system: You are a helpful assistant.
user:
Analyze the provided spectrum to determine if it is a **S-type Star**.

- **Key Indicators for S-type Star:**

    - **(Overall Spectrum Shape):** The first and most obvious characteristic is the overall continuum (the "baseline" shape). It is **extremely "red-sloping,"** meaning the flux (light intensity) is very low on the left side (blue, ~4000-4500 Å) and rises steeply and continuously toward the right side (red, ~7000 Å+).

    - **(Primary):** The spectrum is defined by the presence of strong, broad molecular absorption "valleys" (bands) from **Zirconium Oxide (ZrO)**. The identification of these bands is the **primary requirement** for classifying a star as S-type.
        - **(Key Bandheads):** You must find distinct, deep "dips" where the light has been absorbed. The most critical band systems to locate are:
            - **~6474 Å** ($\gamma$-system): This is often the strongest and clearest ZrO feature, found in the red part of the spectrum.
            - **~5718 Å** & **~5551 Å** ($\beta$-system): A pair of prominent absorption features in the yellow-orange part of the spectrum.
            - **~4640 Å** ($\alpha$-system): A key absorption band system in the blue-green region of the spectrum.

    - **(Secondary Confirmation):** The classification is strengthened by finding additional absorption bands from other related heavy element oxides, which are expected to be present alongside ZrO.
        - **(Key Bandheads):**
            - **Yttrium Oxide (YO):** Look for absorption dips near **~4800 Å** and **~6100 Å**.
            - **Lanthanum Oxide (LaO):** Additional absorption features, particularly in the red-orange part of the spectrum, are also characteristic.

    - **(Line Profile):** The combination of the steep red continuum and these numerous, deep molecular bands (ZrO, YO, etc.) gives the entire spectrum a very **"chopped-up"** or **"bumpy"** appearance. Instead of a smooth curve, the spectrum looks as though large, wide chunks of light have been "carved out" of it at the specific wavelengths listed above.

Think first, call **spectral_visualization_tool** if needed to examine features in detail, then provide your final answer. Your response must adhere to the following strict rules:
1.  **Overall Structure:** Your response must follow the format `<think>...</think> <tool_call>...</tool_call> (if a tool is used) <answer>...</answer>`.
2.  **Tool Usage Constraint:** You may only make **one** tool call per turn.
3.  **Final Answer Format:** In the `<answer>` tag, your conclusion must be inside a `\boxed{}` command (e.g., `\boxed{YES}` or `\boxed{NO}`), followed by your justification.

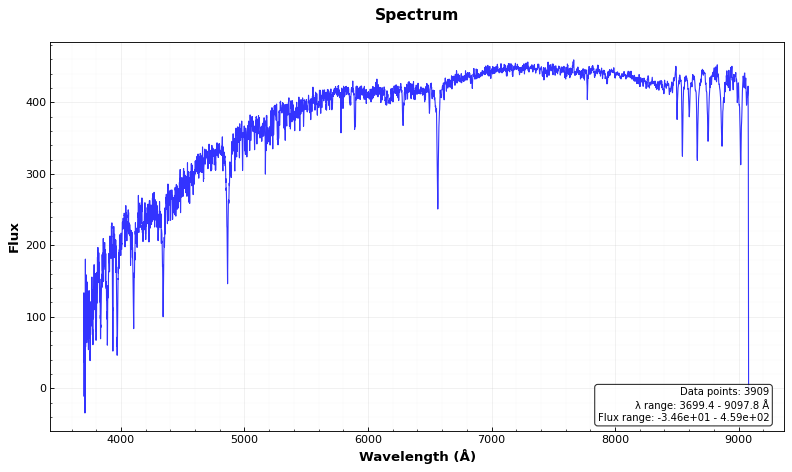
Answer: NO